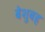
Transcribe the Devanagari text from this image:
बेशुबह